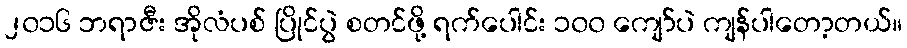
၂၀၁၆ ဘရာဇီး အိုလံပစ် ပြိုင်ပွဲ စတင်ဖို့ ရက်ပေါင်း ၁၀၀ ကျော်ပဲ ကျန်ပါတော့တယ်။